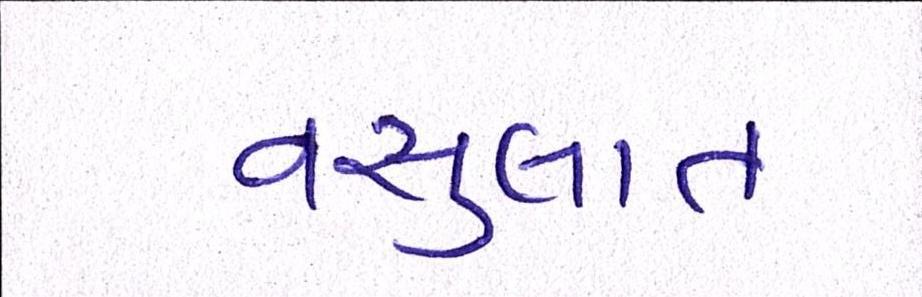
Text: વસુલાત